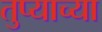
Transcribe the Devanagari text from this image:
तुप्याच्या